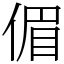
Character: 𠋥